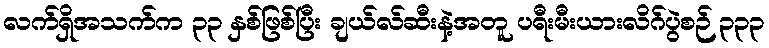
လက်ရှိအသက်က ၃၃ နှစ်ဖြစ်ပြီး ချယ်လ်ဆီးနဲ့အတူ ပရီးမီးယားလိဂ်ပွဲစဉ် ၃၃၃